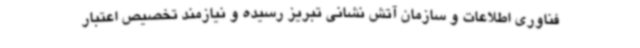
فناوری اطلاعات و سازمان آتش نشانی تبریز رسیده و نیازمند تخصیص اعتبار